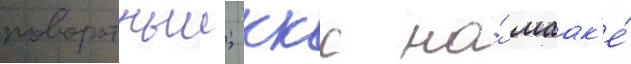
поворотныи; ккс на́ маак'е́